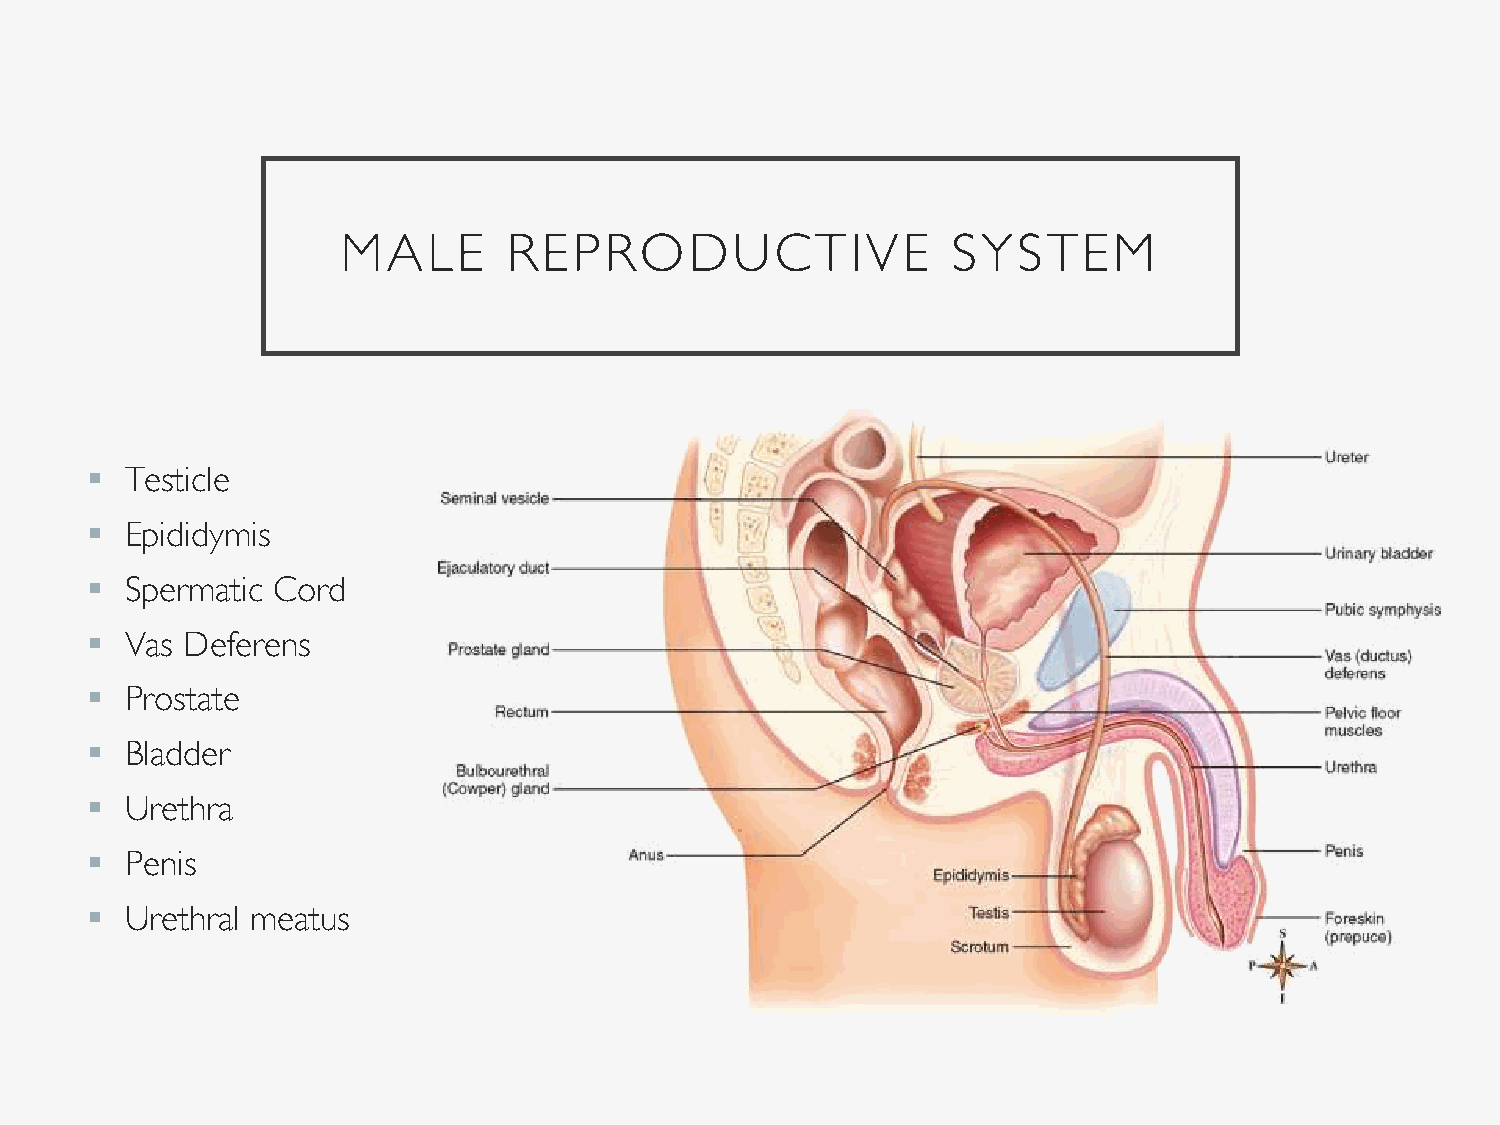
MALE       REPRODUCTIVE                 SYSTEM
  Testicle
  Epididymis
  Spermatic Cord
  Vas Deferens
  Prostate
  Bladder
  Urethra
  Penis
  Urethral meatus